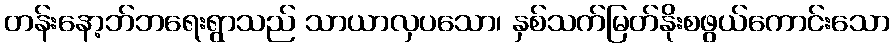
တန်းနော့ဘ်ဘရေးရွာသည် သာယာလှပသော၊ နှစ်သက်မြတ်နိုးစဖွယ်ကောင်းသော